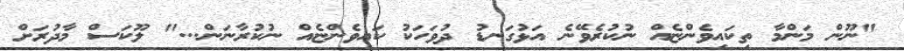
"ނޫން މަންމާ ތިކައިވެންޏެއް ނުކުރެވޭނެ އަޅުގަނޑު ދުވަހަކު ކައިވެންޏެއް ނުކުރާނަން..." ލޫކަސް މާދުރަށް